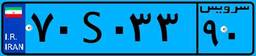
۷۰S۰۳۳۹۰